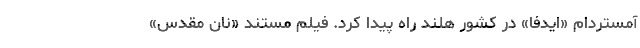
آمستردام «ایدفا» در کشور هلند راه پیدا کرد. فیلم مستند «نان مقدس»